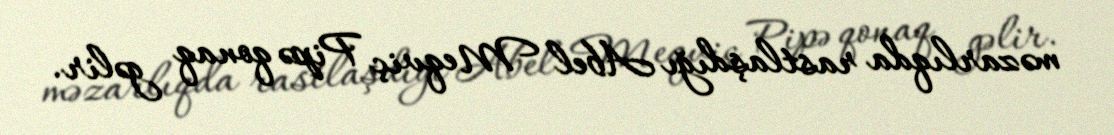
məzarlıqda rastlaşdığı Abel Meqviç Pipə qonaq gəlir.